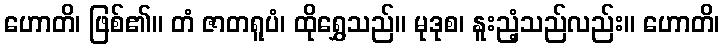
ဟောတိ၊ ဖြစ်၏။ တံ ဇာတရူပံ၊ ထိုရွှေသည်။ မုဒုစ၊ နူးညံ့သည်လည်း။ ဟောတိ၊